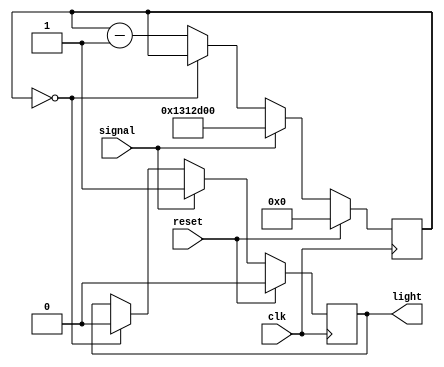
module temoin (
	input wire clk,
	input wire reset,
	
	input wire signal,

	output reg light
);

reg [31:0] counter;

initial begin
	counter = 0;
	light = 0;
end

always @(posedge clk)
	if (reset) begin
		counter <= 0;
		light <= 0;
	end else
		if (signal) begin
			counter <= 32'd20_000_000;
			light <= 1'b1;
		end else
			if (counter == 32'd0)
				light <= 1'b0;
			else
				counter <= counter - 32'd1;

endmodule